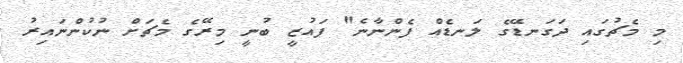
މި މެޗުގައި ދަގަނޑޭގެ ލަނޑެއް ފެންނާނެ" ފައުޒީ ބުނީ މިރޭގެ މެޗަށް ނުކުންނައިރު